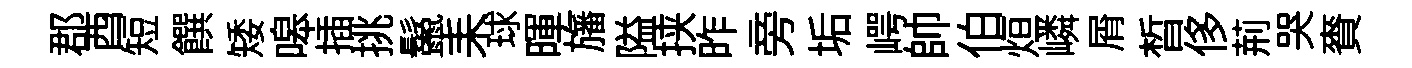
郡酉短饌矮嗥插挑鬣耒球暉旛隘挟昨旁垢崿帥伯烜嶙屑晳侈荊哭賚